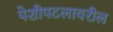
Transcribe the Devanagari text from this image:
पेशीपटलावरील